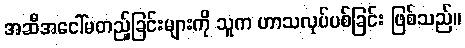
အဆီအငေါ်မတည့်ခြင်းများကို သူက ဟာသလုပ်ပစ်ခြင်း ဖြစ်သည်။